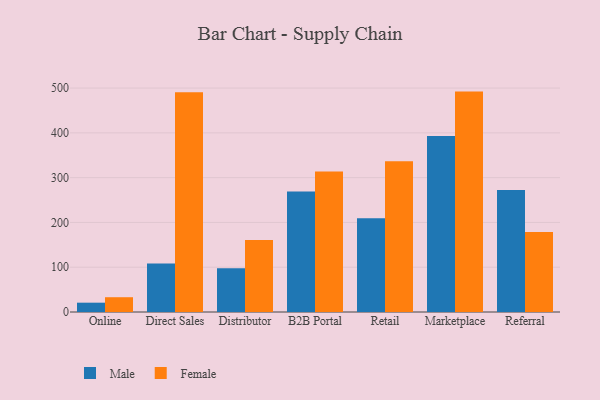
{"axis": {"x": "Channel", "y": "Satisfaction Score"}, "legend": ["Female", "Male"], "data": [{"x": "Online", "y": 20.8, "type": "Male"}, {"x": "Online", "y": 33.0, "type": "Female"}, {"x": "Direct Sales", "y": 108.4, "type": "Male"}, {"x": "Direct Sales", "y": 490.8, "type": "Female"}, {"x": "Distributor", "y": 97.5, "type": "Male"}, {"x": "Distributor", "y": 160.7, "type": "Female"}, {"x": "B2B Portal", "y": 269.2, "type": "Male"}, {"x": "B2B Portal", "y": 313.5, "type": "Female"}, {"x": "Retail", "y": 209.1, "type": "Male"}, {"x": "Retail", "y": 336.5, "type": "Female"}, {"x": "Marketplace", "y": 392.9, "type": "Male"}, {"x": "Marketplace", "y": 492.1, "type": "Female"}, {"x": "Referral", "y": 272.5, "type": "Male"}, {"x": "Referral", "y": 178.6, "type": "Female"}]}